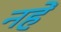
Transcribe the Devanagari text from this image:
नहें